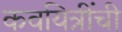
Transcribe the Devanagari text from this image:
कवयित्रींची